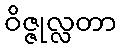
ဝိဇ္ဇုလ္လတာ